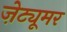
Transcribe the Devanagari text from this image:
ज़ेट्यूमर